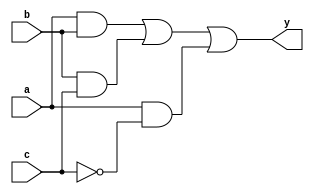
module combinational_logic (
    input wire a,       // First input
    input wire b,       // Second input
    input wire c,       // Third input
    output reg y        // Output
);

// Combinational logic defined in an always block
always @ (a, b, c) begin
    // Example combinational logic expression
    y = (a & b) | (b & c) | (a & ~c);
end

endmodule